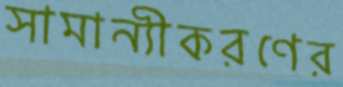
সামান্যীকরণের